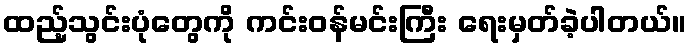
ထည့်သွင်းပုံတွေကို ကင်းဝန်မင်းကြီး ရေးမှတ်ခဲ့ပါတယ်။